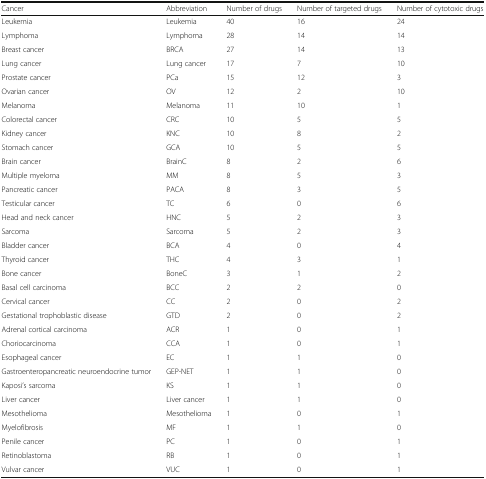
<table><thead><tr><td><b>Cancer</b></td><td><b>Abbreviation</b></td><td><b>Number of drugs</b></td><td><b>Number of targeted drugs</b></td><td><b>Number of cytotoxic drugs</b></td></tr></thead><tbody><tr><td>Leukemia</td><td>Leukemia</td><td>40</td><td>16</td><td>24</td></tr><tr><td>Lymphoma</td><td>Lymphoma</td><td>28</td><td>14</td><td>14</td></tr><tr><td>Breast cancer</td><td>BRCA</td><td>27</td><td>14</td><td>13</td></tr><tr><td>Lung cancer</td><td>Lung cancer</td><td>17</td><td>7</td><td>10</td></tr><tr><td>Prostate cancer</td><td>PCa</td><td>15</td><td>12</td><td>3</td></tr><tr><td>Ovarian cancer</td><td>OV</td><td>12</td><td>2</td><td>10</td></tr><tr><td>Melanoma</td><td>Melanoma</td><td>11</td><td>10</td><td>1</td></tr><tr><td>Colorectal cancer</td><td>CRC</td><td>10</td><td>5</td><td>5</td></tr><tr><td>Kidney cancer</td><td>KNC</td><td>10</td><td>8</td><td>2</td></tr><tr><td>Stomach cancer</td><td>GCA</td><td>10</td><td>5</td><td>5</td></tr><tr><td>Brain cancer</td><td>BrainC</td><td>8</td><td>2</td><td>6</td></tr><tr><td>Multiple myeloma</td><td>MM</td><td>8</td><td>5</td><td>3</td></tr><tr><td>Pancreatic cancer</td><td>PACA</td><td>8</td><td>3</td><td>5</td></tr><tr><td>Testicular cancer</td><td>TC</td><td>6</td><td>0</td><td>6</td></tr><tr><td>Head and neck cancer</td><td>HNC</td><td>5</td><td>2</td><td>3</td></tr><tr><td>Sarcoma</td><td>Sarcoma</td><td>5</td><td>2</td><td>3</td></tr><tr><td>Bladder cancer</td><td>BCA</td><td>4</td><td>0</td><td>4</td></tr><tr><td>Thyroid cancer</td><td>THC</td><td>4</td><td>3</td><td>1</td></tr><tr><td>Bone cancer</td><td>BoneC</td><td>3</td><td>1</td><td>2</td></tr><tr><td>Basal cell carcinoma</td><td>BCC</td><td>2</td><td>2</td><td>0</td></tr><tr><td>Cervical cancer</td><td>CC</td><td>2</td><td>0</td><td>2</td></tr><tr><td>Gestational trophoblastic disease</td><td>GTD</td><td>2</td><td>0</td><td>2</td></tr><tr><td>Adrenal cortical carcinoma</td><td>ACR</td><td>1</td><td>0</td><td>1</td></tr><tr><td>Choriocarcinoma</td><td>CCA</td><td>1</td><td>0</td><td>1</td></tr><tr><td>Esophageal cancer</td><td>EC</td><td>1</td><td>1</td><td>0</td></tr><tr><td>Gastroenteropancreatic neuroendocrine tumor</td><td>GEP-NET</td><td>1</td><td>1</td><td>0</td></tr><tr><td>Kaposi’s sarcoma</td><td>KS</td><td>1</td><td>1</td><td>0</td></tr><tr><td>Liver cancer</td><td>Liver cancer</td><td>1</td><td>1</td><td>0</td></tr><tr><td>Mesothelioma</td><td>Mesothelioma</td><td>1</td><td>0</td><td>1</td></tr><tr><td>Myelofibrosis</td><td>MF</td><td>1</td><td>1</td><td>0</td></tr><tr><td>Penile cancer</td><td>PC</td><td>1</td><td>0</td><td>1</td></tr><tr><td>Retinoblastoma</td><td>RB</td><td>1</td><td>0</td><td>1</td></tr><tr><td>Vulvar cancer</td><td>VUC</td><td>1</td><td>0</td><td>1</td></tr></tbody></table>